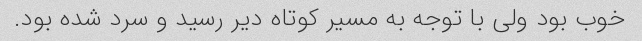
خوب بود ولی با توجه به مسیر کوتاه دیر رسید و سرد شده بود.